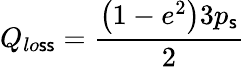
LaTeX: Q_{lo\mathsf{s}\mathsf{s}}=\frac{{\left(1-e^{2}\right)3p_{\mathsf{s}}}}{{2}}